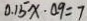
0 . 1 5 x \cdot 0 . 9 = 7